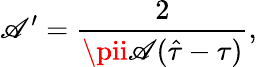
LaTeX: \mathscr{A}^{\prime}={\frac{{2}}{{\pii\mathscr{A}(\hat{{\tau}}-\tau)}}},